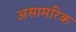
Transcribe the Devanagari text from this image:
असामरिक